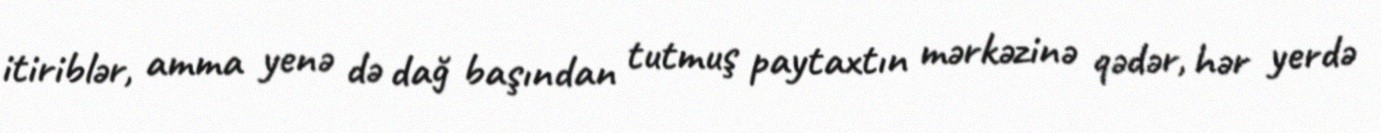
itiriblər, amma yenə də dağ başından tutmuş paytaxtın mərkəzinə qədər, hər yerdə